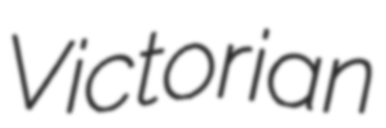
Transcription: Victorian